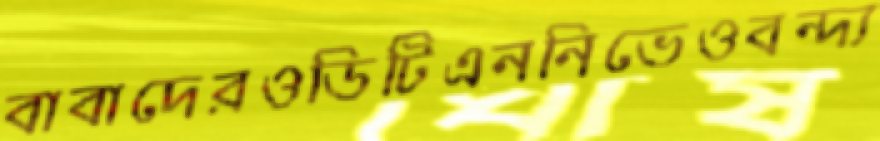
বাবাদেরওডিটিএননিভেওবন্দ্য